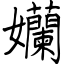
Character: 孏